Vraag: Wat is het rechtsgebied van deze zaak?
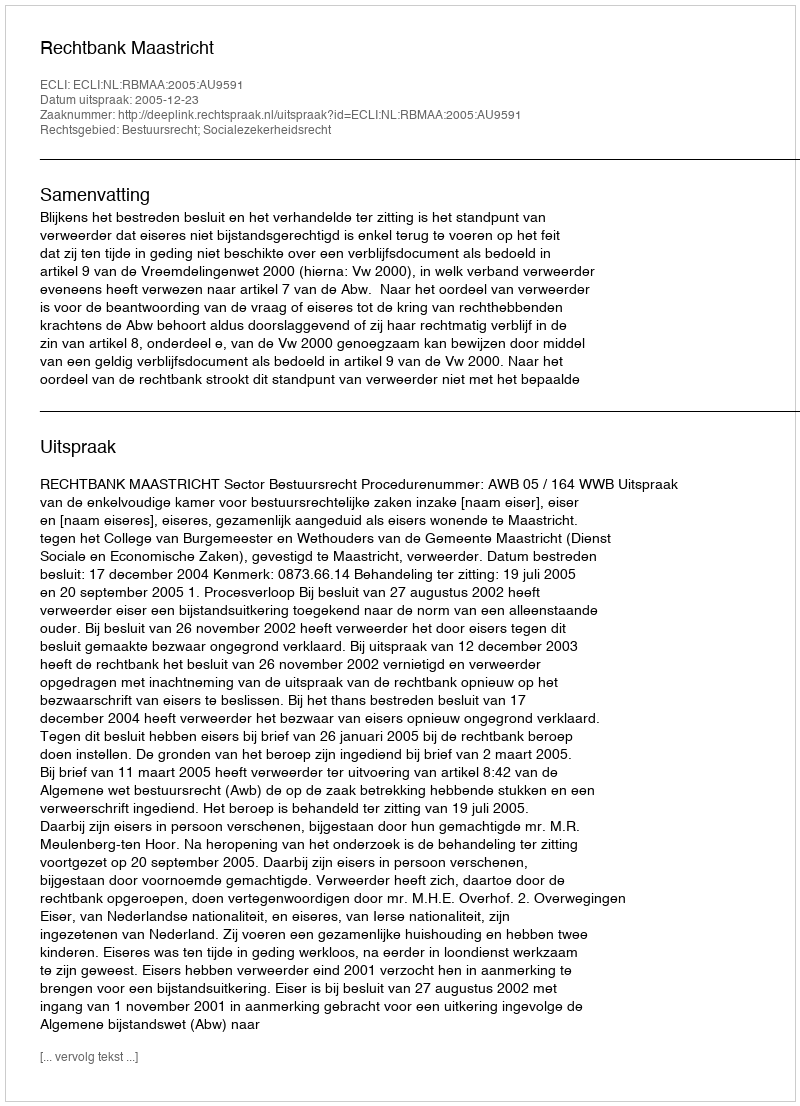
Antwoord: Bestuursrecht; Socialezekerheidsrecht